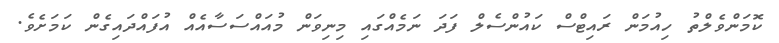
ކޮމަންވެލްތު ހިއުމަން ރައިޓްސް ކައުންސެލް ފަދަ ނަމެއްގައި މިނިވަން މުއައްސަސާއެއް އުފައްދައިގެން ކަމަށެވެ.